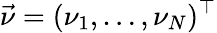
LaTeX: \vec{\nu}=(\nu_{1},\ldots,\nu_{N})^{\top}